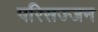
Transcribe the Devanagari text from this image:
परिसज्जन